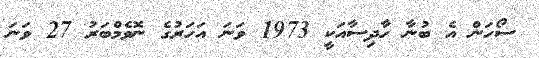
ސޯހަން އެ ބުނާ ހާދިސާއަކީ 1973 ވަނަ އަހަރުގެ ނޮވެމްބަރު 27 ވަނަ